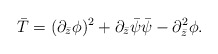
\begin{align*}\bar T = ( \partial_{\bar z} \phi)^2 + \partial_{\bar z} \bar{\psi}\bar{\psi} - \partial_{\bar z}^2 \phi.\end{align*}